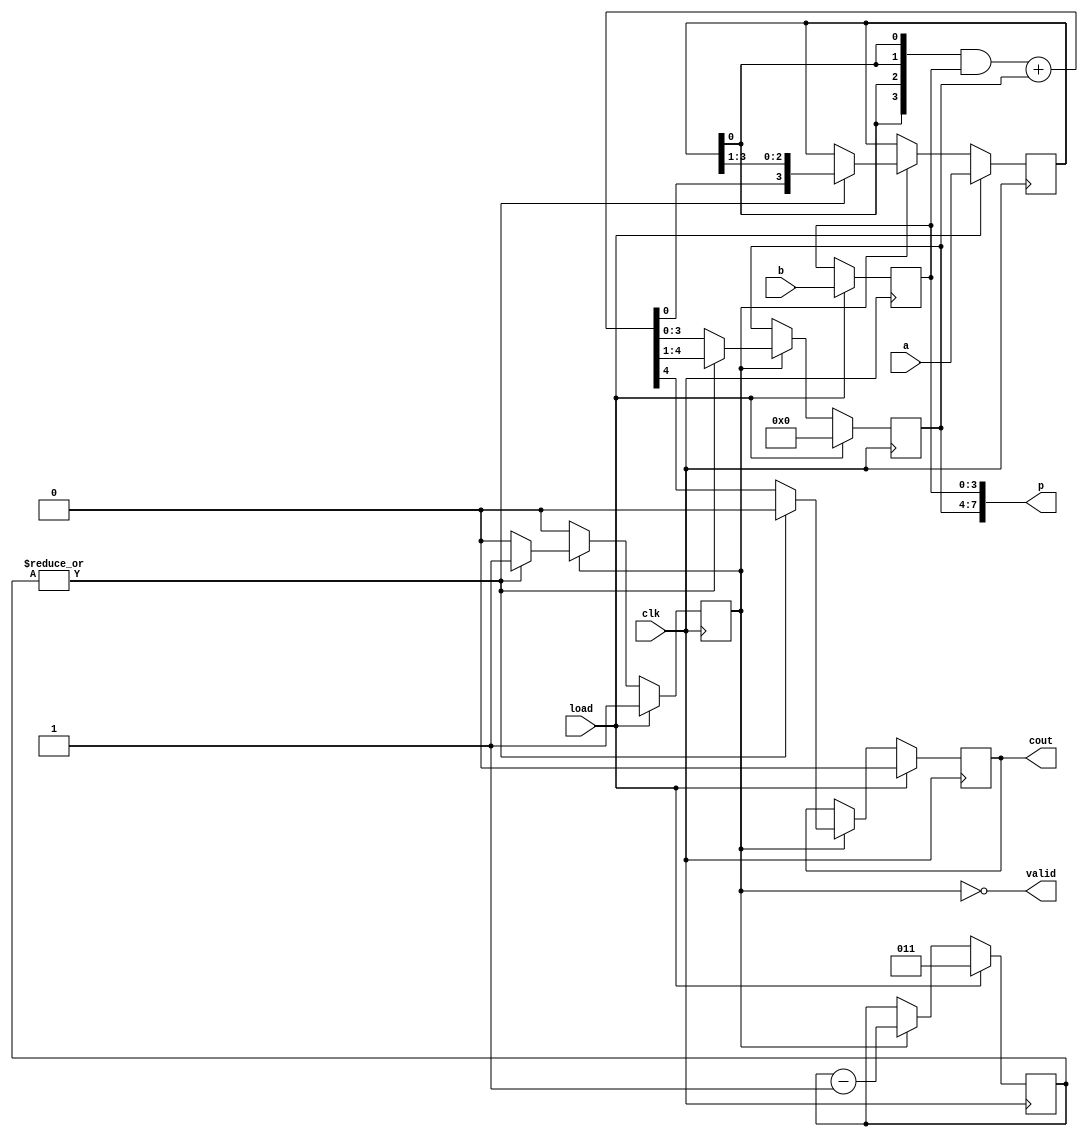


module mult2_old
#(parameter N=4)
(
    input clk, load,
    input [N-1:0] a, b,
    output cout, valid,
    output [2*N-1:0] p
); 
  // questions:
  // can i use an enable/load lines?

  localparam counter_bits = $clog2(N) + 1;
  localparam shift_reg_size = 2*N + 1;

  reg running;
  reg [counter_bits-1:0] counter;
  reg [N-1:0] a_int, b_int, p_int;
  reg c_int;
  
  wire shifted;
  wire [N-1:0] anded_b;
  wire [N:0] adder_out;
  wire [2*N:0] next_reg, shifted_next_reg, selected_next_reg;

  assign anded_b = {N{a_int[0]}} & b_int;
  assign adder_out = anded_b + p_int;
  assign next_reg = {adder_out, a_int};
  assign shifted_next_reg = next_reg >> 1;
  assign shifted = (|counter); // checks if counter is equal to 0

  assign p = {p_int, b_int};
  assign cout = c_int;
  assign valid = !running;

  /*
  always @ (posedge clk) begin 
    if(load) begin 
      b_int <= b;
      a_int <= a;
      p_int <= {N{1'b0}};
    end
  end
  

  always @ (negedge clk) begin 

  end

  */

  always @ (posedge clk) begin 
    if(load) begin 
      counter <= $unsigned(N - 1);
      b_int <= b;
      {c_int, p_int, a_int} <= {1'b0, {N{1'b0}}, a};
      running <= 1'b1;
    end else if(running) begin
      counter <= counter - 1;
      b_int <= b_int;

      if(shifted) begin
        {c_int, p_int, a_int} <= shifted_next_reg;
        running <= 1'b1;
      end else begin
        {c_int, p_int, a_int} <= next_reg;
        running <= 1'b0;
      end
    end 
  end
    

endmodule